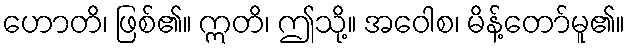
ဟောတိ၊ ဖြစ်၏။ ဣတိ၊ ဤသို့။ အဝေါစ၊ မိန့်တော်မူ၏။